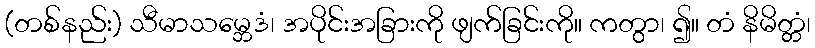
(တစ်နည်း) သီမာသမ္ဘေဒံ၊ အပိုင်းအခြားကို ဖျက်ခြင်းကို။ ကတွာ၊ ၍။ တံ နိမိတ္တံ၊